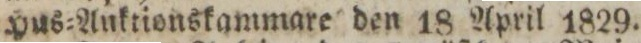
Hus=Auktionskammare den 18 April 1829.